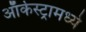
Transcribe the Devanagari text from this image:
ऑर्केस्ट्रामध्ये